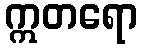
ဣတရော